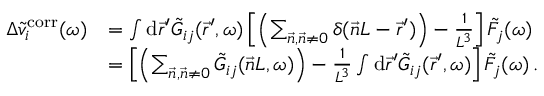
\begin{array} { r l } { \Delta \Tilde { v } _ { i } ^ { \mathrm { c o r r } } ( \omega ) } & { = \int \mathrm { d } \vec { r } ^ { \prime } \Tilde { G } _ { i j } ( \vec { r } ^ { \prime } , \omega ) \left[ \left( \sum _ { \vec { n } , \vec { n } \neq 0 } \delta ( \vec { n } L - \vec { r } ^ { \prime } ) \right) - \frac { 1 } { L ^ { 3 } } \right] \Tilde { F } _ { j } ( \omega ) } \\ & { = \left[ \left( \sum _ { \vec { n } , \vec { n } \neq 0 } \Tilde { G } _ { i j } ( \vec { n } L , \omega ) \right) - \frac { 1 } { L ^ { 3 } } \int \mathrm { d } \vec { r } ^ { \prime } \Tilde { G } _ { i j } ( \vec { r } ^ { \prime } , \omega ) \right] \Tilde { F } _ { j } ( \omega ) \, . } \end{array}